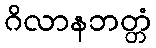
ဂိလာနဘတ္တံ